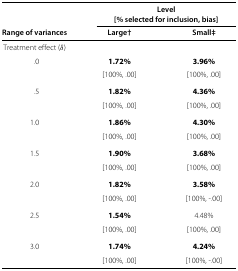
|  | <COLSPAN=2> Level |
 |  | <COLSPAN=2> [% selected for inclusion, bias] |
 | Range of variances | Large† | Small‡ |
 | --- | --- | --- |
 | Treatment effect (δ) |  |  |
 | .0 | 1.72% | 3.96% |
 |  | [100%,.00] | [100%,.00] |
 | .5 | 1.82% | 4.36% |
 |  | [100%,.00] | [100%,.00] |
 | 1.0 | 1.86% | 4.30% |
 |  | [100%,.00] | [100%,.00] |
 | 1.5 | 1.90% | 3.68% |
 |  | [100%,.00] | [100%,.00] |
 | 2.0 | 1.82% | 3.58% |
 |  | [100%,.00] | [100%, -.00] |
 | 2.5 | 1.54% | 4.48% |
 |  | [100%,.00] | [100%,.00] |
 | 3.0 | 1.74% | 4.24% |
 |  | [100%,.00] | [100%, -.00] |